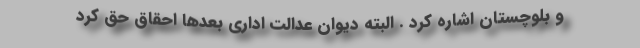
و بلوچستان اشاره کرد . البته دیوان عدالت اداری بعدها احقاق حق کرد